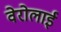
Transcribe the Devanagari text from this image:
वेरोलाई